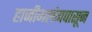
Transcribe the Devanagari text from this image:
हाजीमलंगपासून